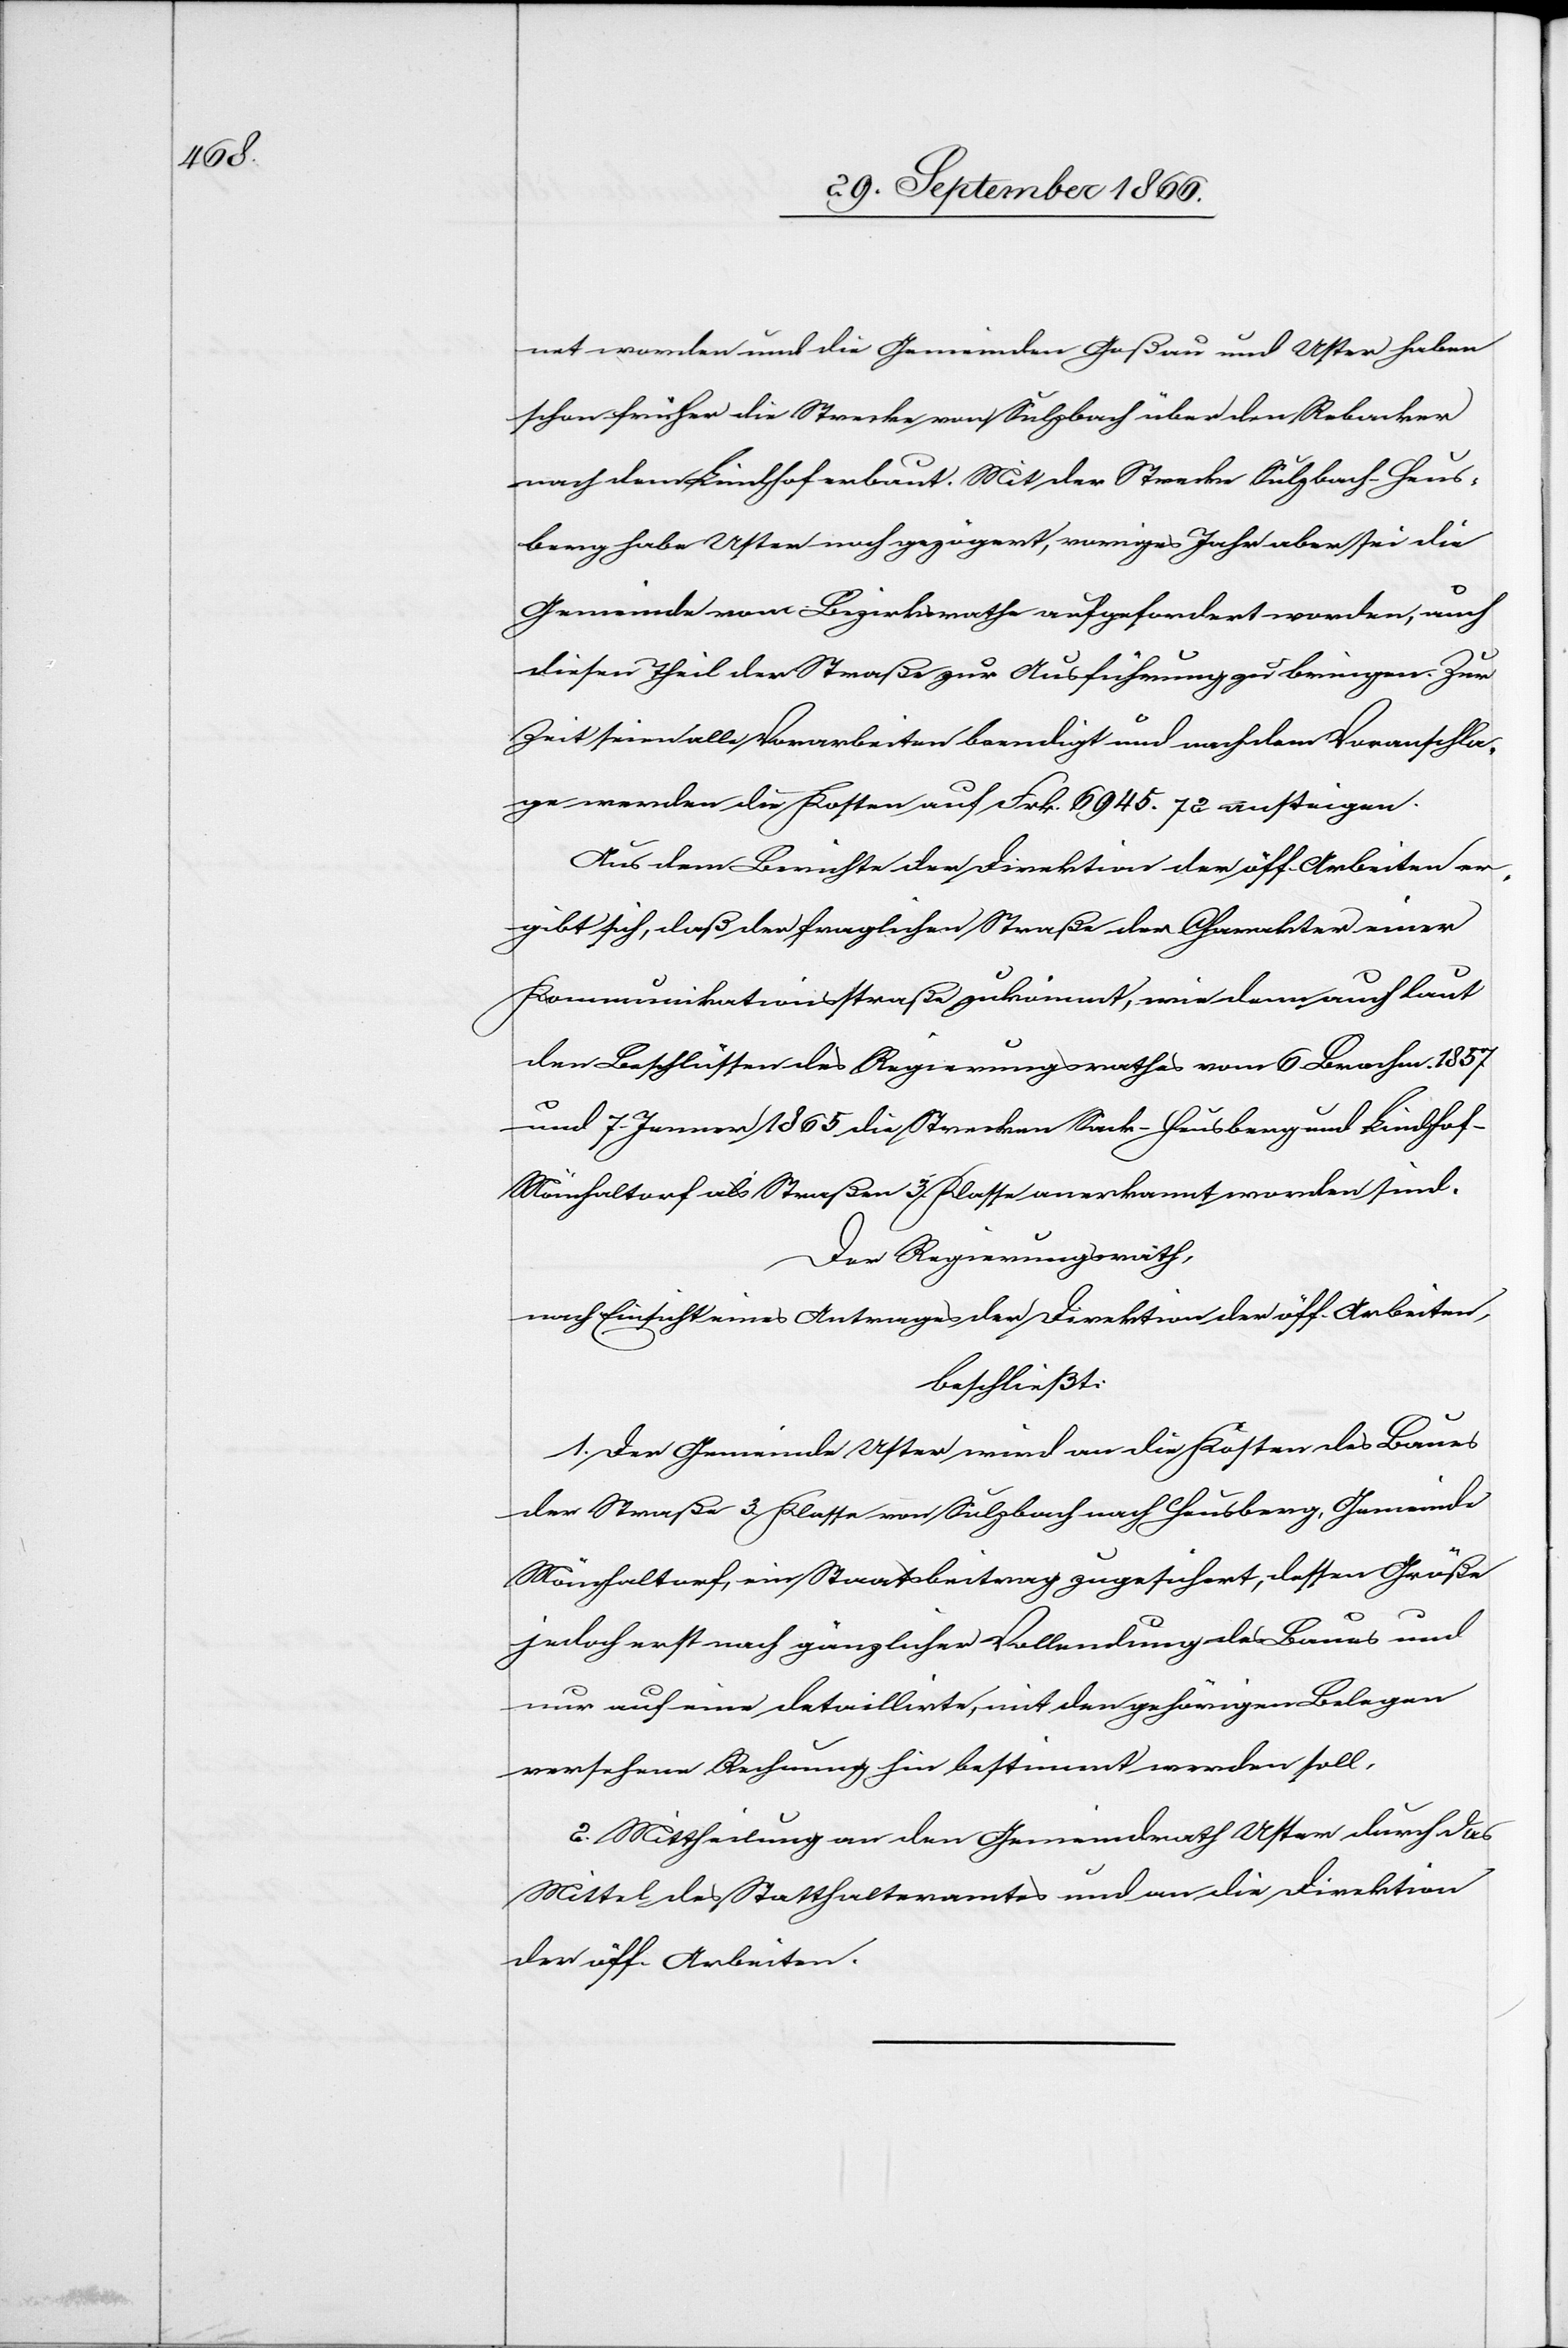
geht zur

Vieh¬

2.
Der Regierungsrath,